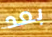
بعد